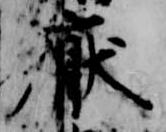
厭